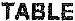
TABLE